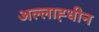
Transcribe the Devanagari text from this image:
अल्लाह्धीन